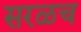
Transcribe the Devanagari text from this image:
सरळच